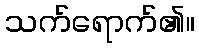
သက်ရောက်၏။